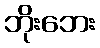
ဘိုးဘေး